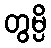
တွမ္ပိ